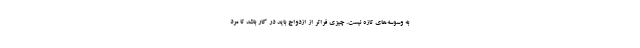
به وسوسه‌های تازه نیست. چیزی فراتر از ازدواج باید در کار باشد تا مرد